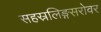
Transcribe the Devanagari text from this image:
सहस्रलिङ्गसरोवर